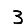
Digit: 3